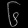
Digit: ၆